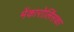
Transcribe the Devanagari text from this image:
मेंकारोलिंसका